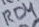
Text: RD4